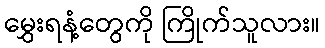
မွှေးရနံ့တွေကို ကြိုက်သူလား။